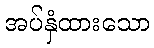
အပ်နှံထားသော